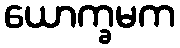
ယောက္ခမက